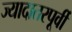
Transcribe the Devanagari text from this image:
ज्यादातरपूर्वी